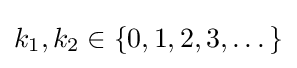
k_{1},k_{2}\in \{0,1,2,3,\dots \}